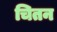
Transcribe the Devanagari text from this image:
चितन